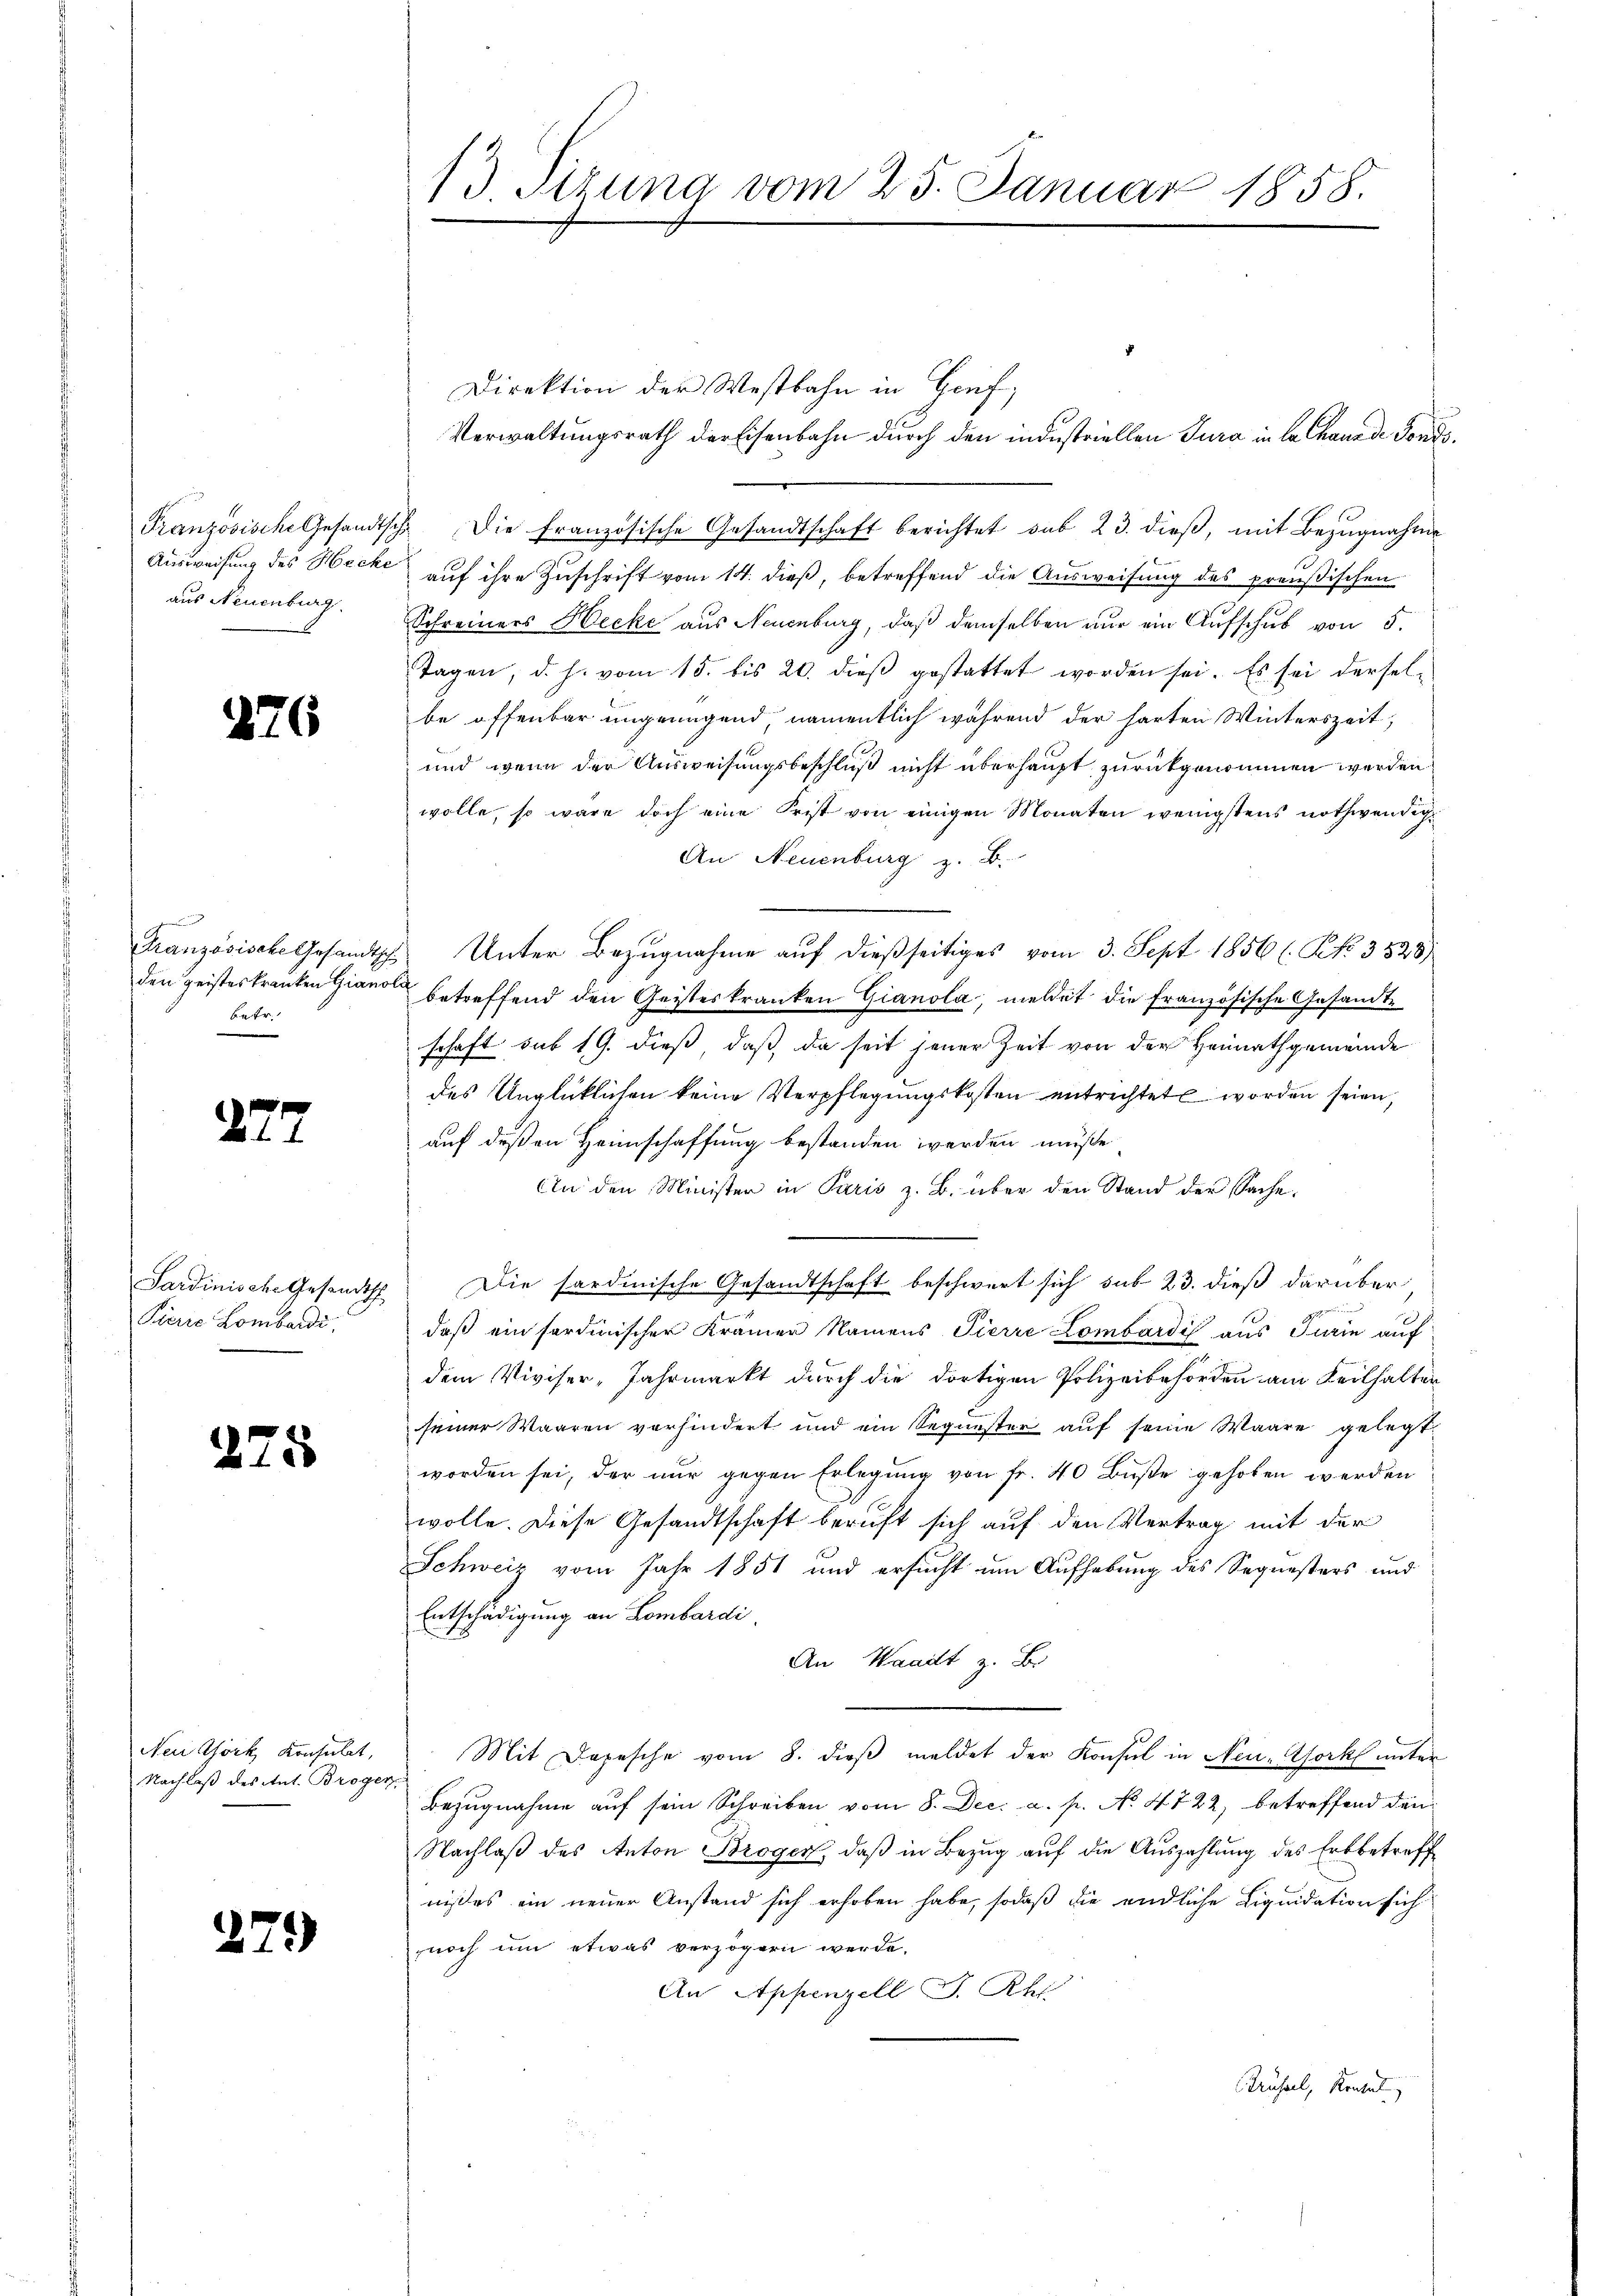
aus Neuenburg

276

betr.

277

Sardinische Gesandtsch
Pierie Lombardi,

275

Nei öch Konsulat,
Nachlaß des Ant. Broge

279)

13. Sirung vom 25. Januar 1858.

Direktion der Westbahn in Gruf,
Verwaltungsrath der Eisenbahn durch den industriellen Jura in la Chaus de Fonds¬
Französische Gesandtsche Die französische Gesandtschaft berichtet sub 23. dieß, mit Bezugnahme
Ausweisung des Hecke auf ihre Zuschrift vom 14. dieß, betreffend die Ausweisung des preußischen
Schreiners Hecke aus Neuenburg, daß demselben nur ein Aufschub von 5.
Tagen, d. h. vom 15. bis 20. dieβ gestattet worden sei. Es sei derselbe offenbar ungenügend namentlich während der harten Winterszeit,
und wenn der Ausweisungsbeschluß nicht überhaupt zurückgenommen werden.
wolle, so wäre doch eine Frist von einigen Monaten wenigstens nothwendige
An Neuenburg z. B.
Französische Gesandtsch Unter Bezugnahme auf dießseitiges vom 3. Sept. 1856 (Pk 3528)
den geisteskrauten Giano betreffend den Geisteskranken Gianola, meldet die französische Gesandtschaft sub 19. dieß, daß, da seit jener Zeit von der Heimathgemeinde
des Unglücklichen keine Verpflegungskosten entrichtet worden seien,
auf deßen Heimschaffung bestanden werden müße,
An den Minister in Paris z. B. über den Stand der Sache.
.
Die sardinische Gesandtschaft beschwert sich sub 23. dieß darüber
daß ein fordinischer Krämen Namens Pierre Lombardis aus Turin auf
dem Viviser, Jahrmarkt durch die dortigen Polizeibehörden am Teilhalten
seiner Waaren vorhindert und ein Sequester auf seine Waare gelegt
worden sei, der nur gegen Erlegung von Fr. 40 Buße gehoben werden
wolle. Diese Gesandtschaft beruft sich auf den Vertrag mit der
Schweiz vom Jahr 1851 und ersucht um Aufhebung des Sequesters und
Entschädigung an Lombardi.
An Waadt z. B.
Mit Depesche vom 8. dieβ meldet der Konsul in Neu-Work unter
Bezŭgnahme aŭf sein Schreiben vom 8. Dec. a. p. No. 4722, betreffend den
Nachlaß des Anton Brogen, daß in Bezug auf die Auszahlung des Erbbetreff
nißes ein neuer Anstand sich erhoben habe, sodaß die endliche Liquidation sich
noch um etwas verzögern werde.
An Appenzell S. Rh.
Brüssel, Kontul